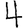
Digit: 4